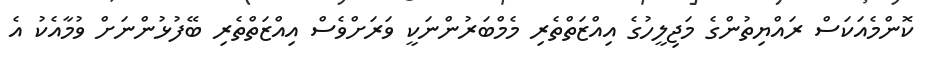
ކޮންމެއަކަސް ރައްޔިތުންގެ މަޖިލީހުގެ އިއްޒަތްތެރި މެމްބަރުންނަކީ ވަރަށްވެސް އިއްޒަތްތެރި ބޭފުޅުންނަށް ވުމާއެކު އެ